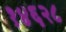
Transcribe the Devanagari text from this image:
१४६२८